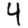
Digit: 4